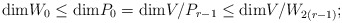
\begin{align*}\mathrm{dim} W_0 \leq \mathrm{dim} P_0 = \mathrm{dim}V/P_{r-1} \leq \mathrm{dim} V/W_{2(r-1)};\end{align*}